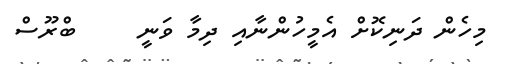
މިހެން ދަނިކޮށް އެމީހުންނާއި ދިމާ ވަނީ     ބްރޫސް